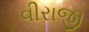
વીરાજી